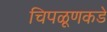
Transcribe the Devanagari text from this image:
चिपळूणकडे